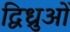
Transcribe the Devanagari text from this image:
द्विध्रुओं